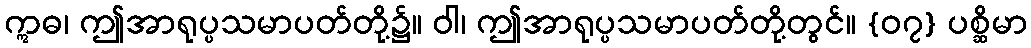
ဣဓ၊ ဤအာရုပ္ပသမာပတ်တို့၌။ ဝါ၊ ဤအာရုပ္ပသမာပတ်တို့တွင်။ {၀၇} ပစ္ဆိမာ